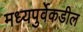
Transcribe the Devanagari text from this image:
मध्यपुर्वेकडील